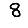
Digit: 8